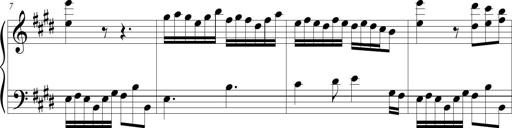
Title: Jousting Jocelyne
Composer: Michel Rondeau
Key: E major